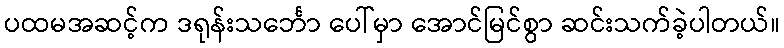
ပထမအဆင့်က ဒရုန်းသင်္ဘော ပေါ်မှာ အောင်မြင်စွာ ဆင်းသက်ခဲ့ပါတယ်။